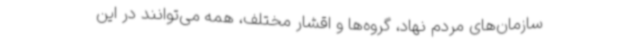
سازمان‌های مردم نهاد، گروه‌ها و اقشار مختلف، همه می‌توانند در این